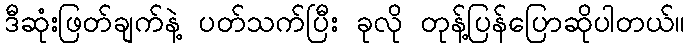
ဒီဆုံးဖြတ်ချက်နဲ့ ပတ်သက်ပြီး ခုလို တုန့်ပြန်ပြောဆိုပါတယ်။